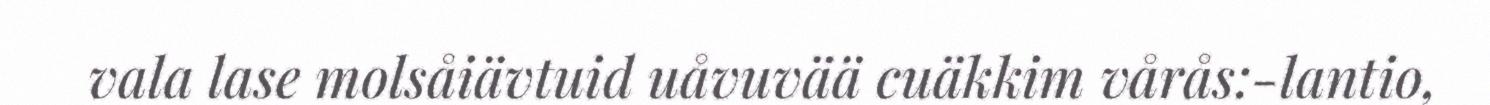
vala lase molsåiävtuid uåvuvää cuäkkim vårås:-lantio,